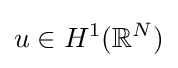
u\in H^{1}(\mathbb {R} ^{N})